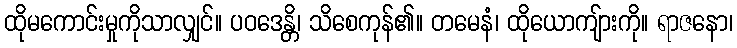
ထိုမကောင်းမှုကိုသာလျှင်။ ပဝဒေန္တိ၊ သိစေကုန်၏။ တမေနံ၊ ထိုယောကျ်ားကို။ ရာဇနော၊